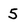
Character: 5